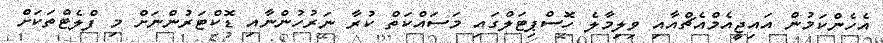
އެހެންކަމުން އައިޖީއެމްއެޗްއާއި ވިލިމާލެ ހޮސްޕިޓަލްގައި މަސައްކަތް ކުރާ ނަރުހުންނާއި ޑޮކްޓަރުންނަށް މި ފްލެޓްތަކަށް